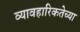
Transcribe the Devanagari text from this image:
व्यावहारिकतेच्या